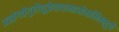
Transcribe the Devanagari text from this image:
अस्तंगतेगुरौशुक्रेतथामासेमलिम्लुचे